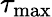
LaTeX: \tau_{\mathrm{max}}